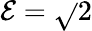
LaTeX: \mathcal{E}=\sqrt{}{{2}}